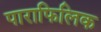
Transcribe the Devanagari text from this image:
पाराफिलिक